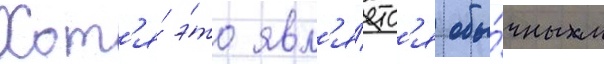
Хот'я́ э́то явл'я́етс'я обы́чным